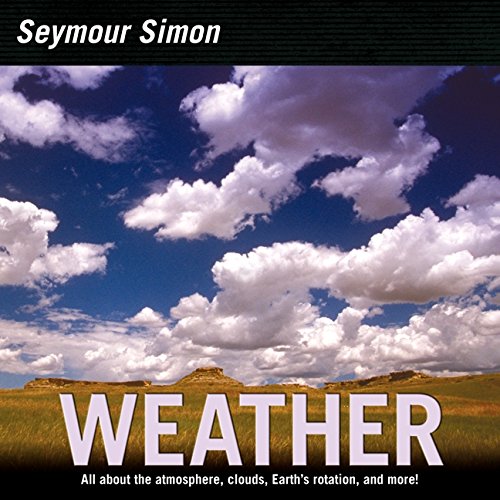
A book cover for Weather; Seymour Simon; Science & Math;